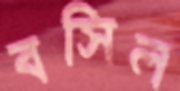
বসিল